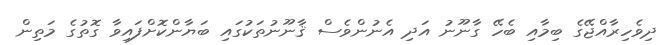
ދިވެހިރާއްޖޭގެ ބިމާއި ބެހޭ ގާނޫނު އަދި އެނުންވެސް ޤާނޫނުތަކުގައި ބަޔާންކޮށްފައިވާ ގޮތުގެ މަތިން